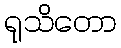
ရုသိတော